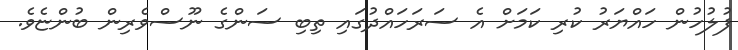
ފުލުހުން ހައްޔަރު ކުރި ކަމަށް އެ ސަރަހައްދުގައި ތިބި ސަންގެ ނޫސްވެރިން ބުންޏެވެ.